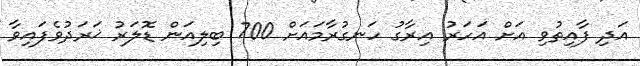
އަދި ފާއިތުވި އަށް އަހަރު އިރާގު ހަނގުރާމައަށް 700 ބިލިއަން ޑޮލަރު ޚަރަދުވެފައިވާ